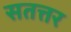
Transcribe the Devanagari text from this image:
सतत्तर